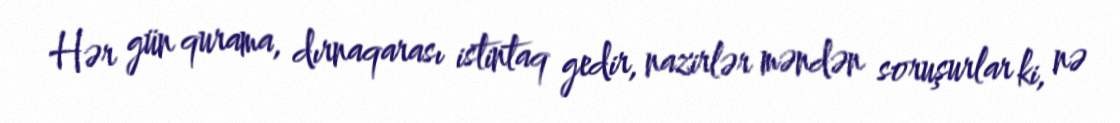
Hər gün qurama, dırnaqarası istintaq gedir, nazirlər məndən soruşurlar ki, nə